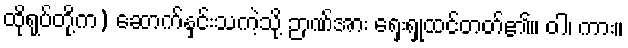
ထိုရုပ်တို့က) ဆောက်နှင်းသကဲ့သို့ ဉာဏ်အား ရှေးရှုထင်တတ်၏။ ဝါ၊ ကား။